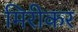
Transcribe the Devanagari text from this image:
मिरीकर